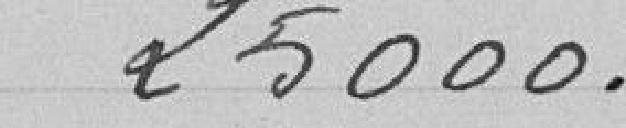
25000